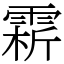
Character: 䨛